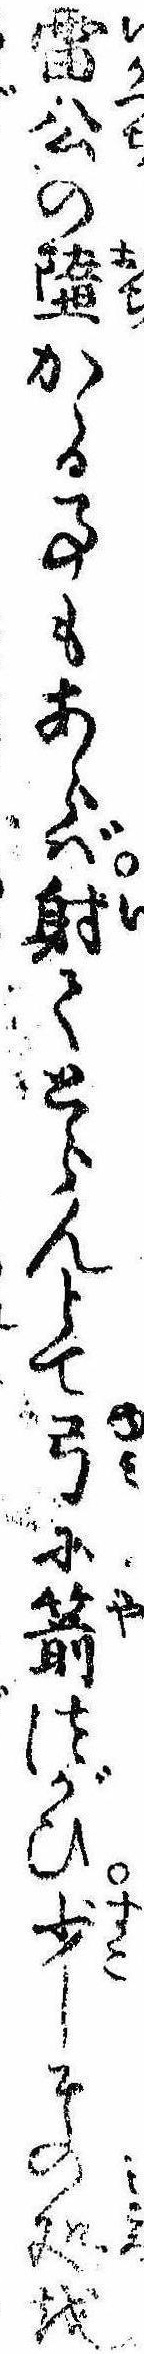
雷公の堕かゝる事もあらば射てとらんとて弓に箭つがひ少しその処を